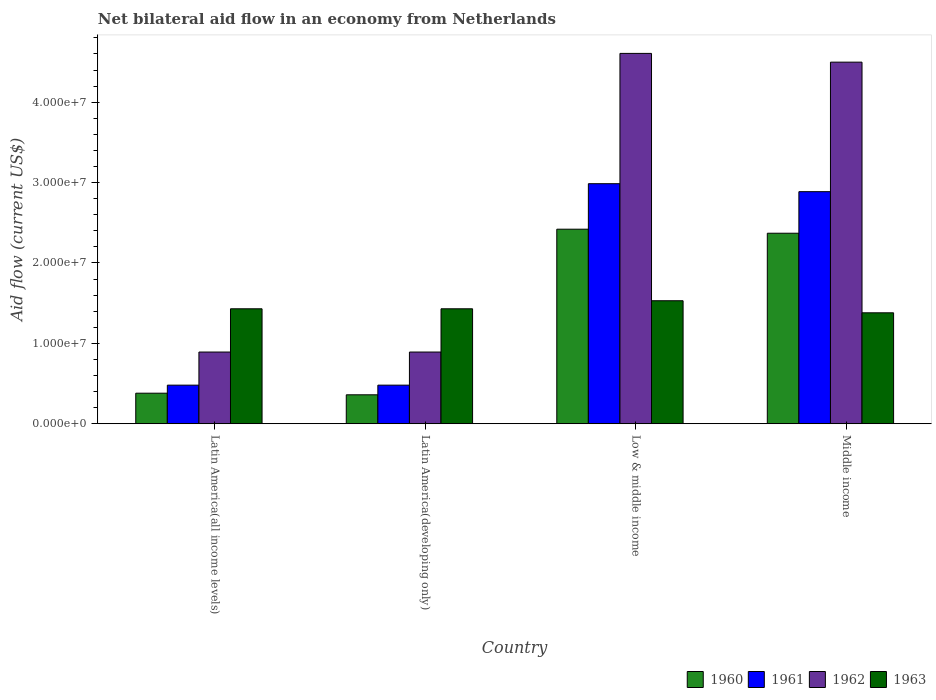
| Country | 1960 | 1961 | 1962 | 1963 |
 | --- | --- | --- | --- | --- |
 | Latin America(all income levels) | 3.8e+06 | 4.8e+06 | 8.92e+06 | 1.43e+07 |
 | Latin America(developing only) | 3.6e+06 | 4.8e+06 | 8.92e+06 | 1.43e+07 |
 | Low & middle income | 2.42e+07 | 2.99e+07 | 4.61e+07 | 1.53e+07 |
 | Middle income | 2.37e+07 | 2.89e+07 | 4.5e+07 | 1.38e+07 |